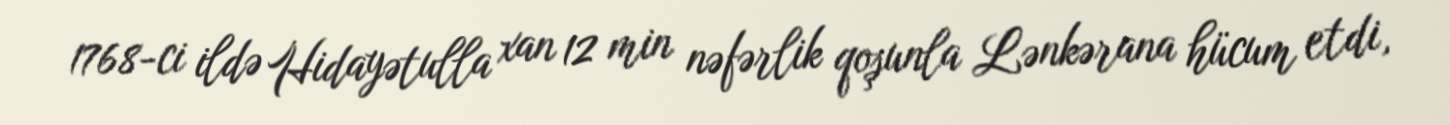
1768-ci ildə Hidayətulla xan 12 min nəfərlik qoşunla Lənkərana hücum etdi,